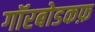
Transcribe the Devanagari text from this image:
गॉरबोडकफ़